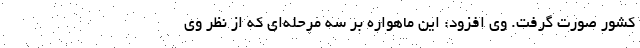
کشور صورت گرفت. وی افزود: این ماهواره بر سه مرحله‌ای که از نظر وی